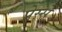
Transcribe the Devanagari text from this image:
प्रेस्से